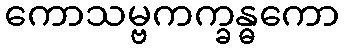
ကောသမ္ဗကက္ခန္ဓကော